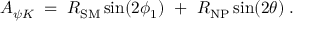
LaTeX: { \cal A } _ { \psi K } \; = \; R _ { \mathrm { S M } } \sin ( 2 \phi _ { 1 } ) ~ + ~ R _ { \mathrm { N P } } \sin ( 2 \theta ) \; .